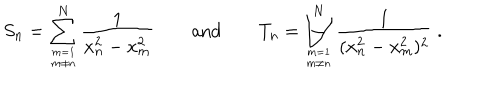
S _ { n } = \sum _ { m = 1 \atop m \ne n } ^ { N } \frac { 1 } { x _ { n } ^ { 2 } - x _ { m } ^ { 2 } } \qquad \mathrm { a n d } \qquad T _ { n } = \sum _ { m = 1 \atop m \ne n } ^ { N } \frac { 1 } { ( x _ { n } ^ { 2 } - x _ { m } ^ { 2 } ) ^ { 2 } } \ .